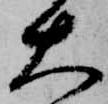
大